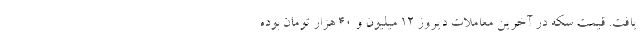
یافت. قیمت سکه در آخرین معاملات دیروز ۱۲ میلیون و ۴۰ هزار تومان بوده